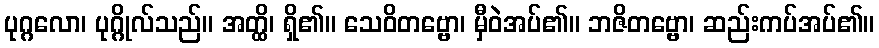
ပုဂ္ဂလော၊ ပုဂ္ဂိုလ်သည်။ အတ္ထိ၊ ရှိ၏။ သေဝိတဗ္ဗော၊ မှီဝဲအပ်၏။ ဘဇိတဗ္ဗော၊ ဆည်းကပ်အပ်၏။